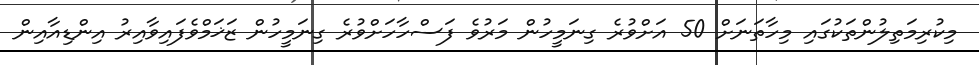
މިކުރިމަތިލުންތަކުގައި މިހާތަނަށް 50 އަށްވުރެ ގިނަމީހުން މަރުވެ ފަސްހާހަށްވުރެ ގިނަމީހުން ޒަޚަމްވެފައިވާއިރު އިންޑިއާއިން